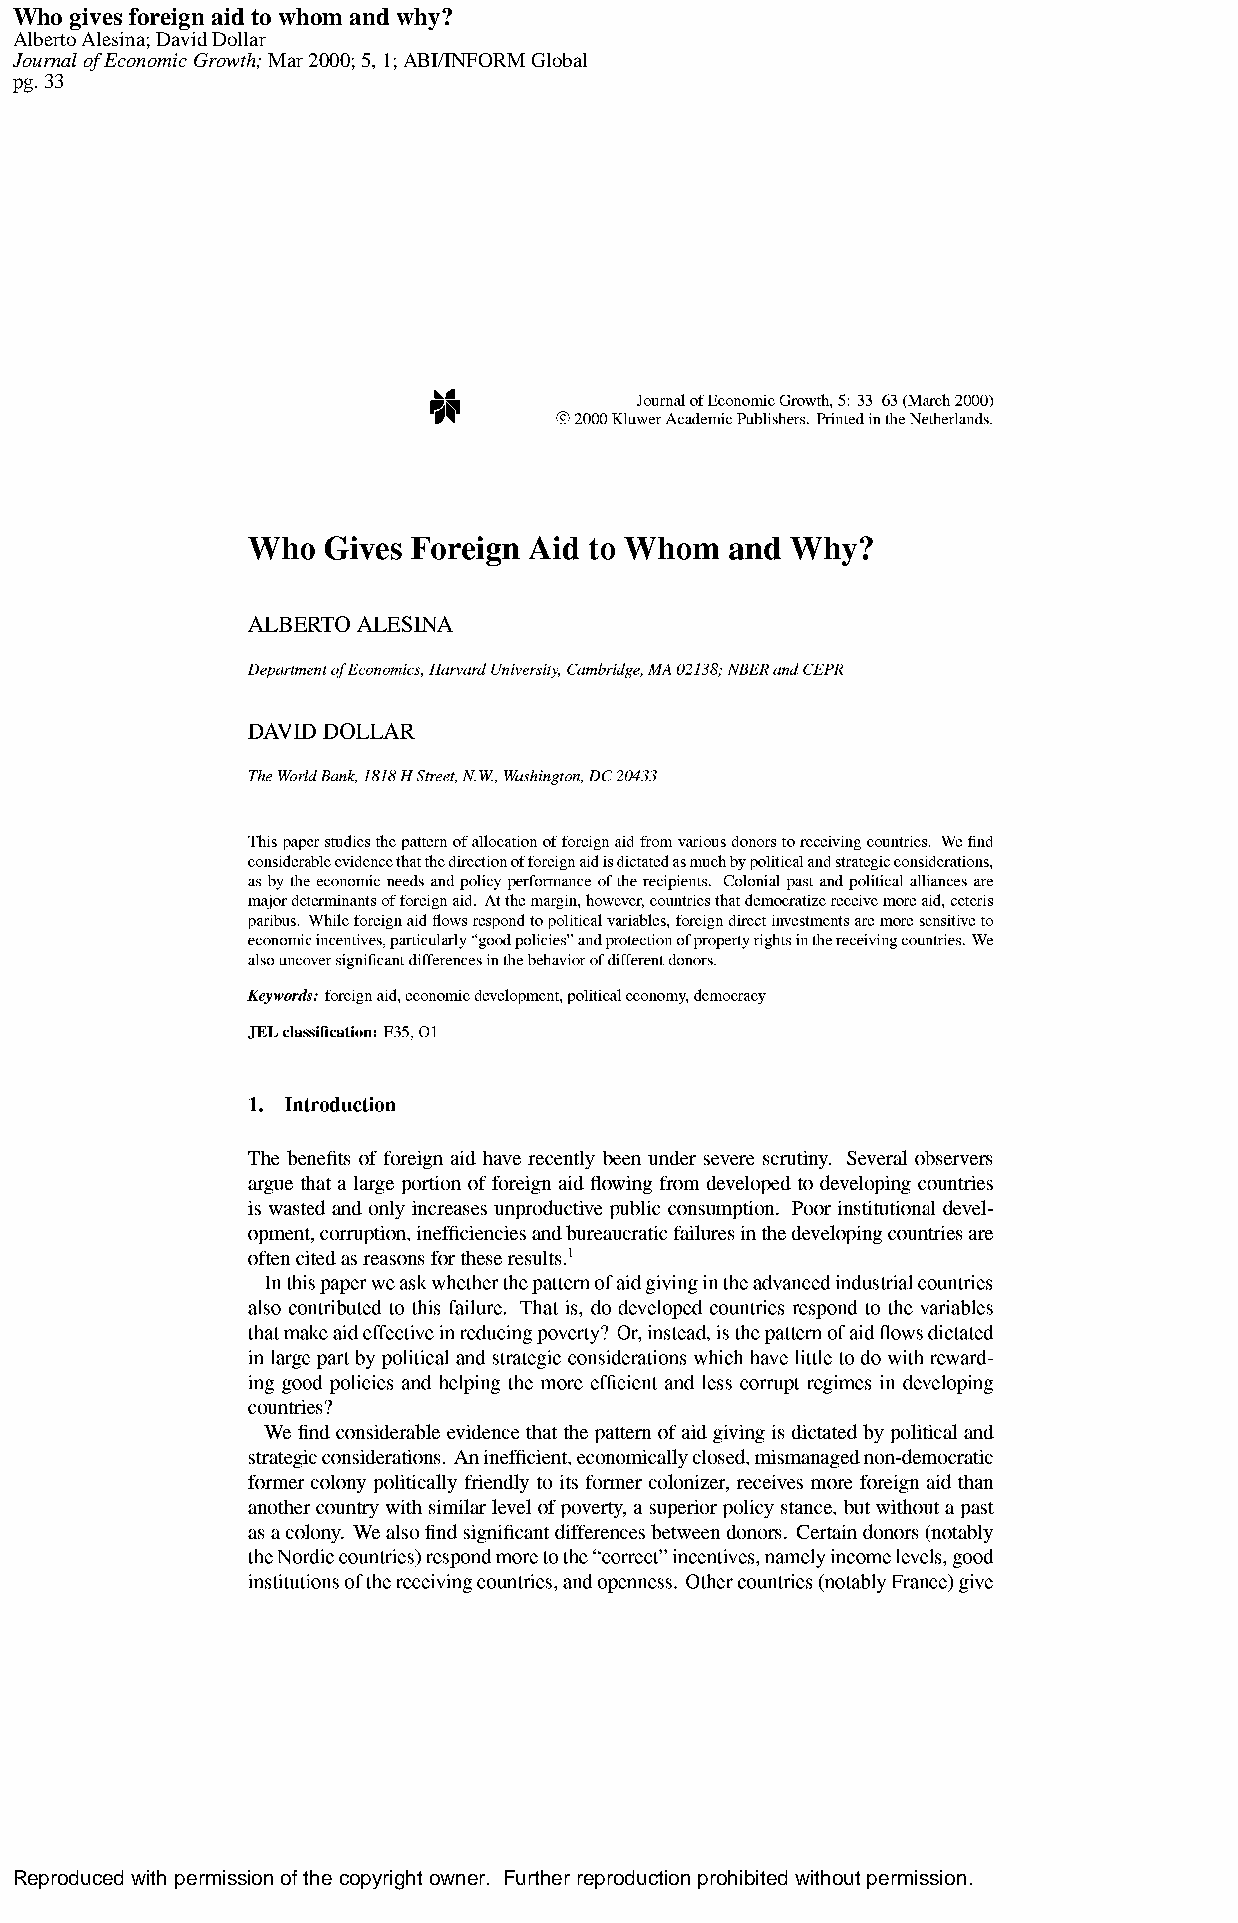
Who gives foreign aid to whom and why?
 Alberto Alesina; David Dollar
 Journal of Economic Growth; Mar 2000; 5, 1; ABI/INFORM Global
 pg. 33
 Reproduced with permission of the copyright owner. Further reproduction prohibited without permission.